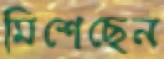
মিশেছেন